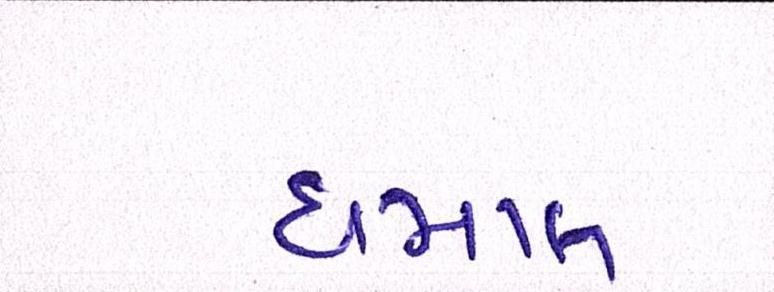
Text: ધમાલ